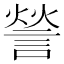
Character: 𮘠